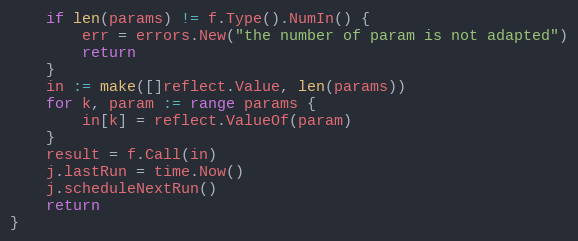
Language: Go
	if len(params) != f.Type().NumIn() {
		err = errors.New("the number of param is not adapted")
		return
	}
	in := make([]reflect.Value, len(params))
	for k, param := range params {
		in[k] = reflect.ValueOf(param)
	}
	result = f.Call(in)
	j.lastRun = time.Now()
	j.scheduleNextRun()
	return
}